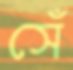
সেঁ